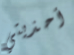
أحذيتي